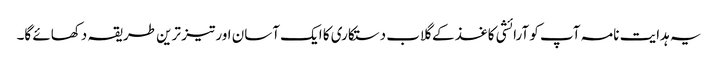
یہ ہدایت نامہ آپ کو آرائشی کاغذ کے گلاب دستکاری کا ایک آسان اور تیز ترین طریقہ دکھائے گا۔